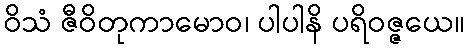
ဝိသံ ဇီဝိတုကာမောဝ၊ ပါပါနိ ပရိဝဇ္ဇယေ။